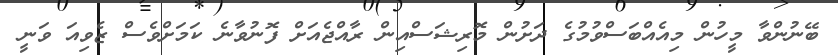
ބޭނުންވާ މީހުން މިއެއްބަސްވުމުގެ ދަށުން މޮރިޝަސްއިން ރާއްޖެއަށް ފޮނުވާނެ ކަމަށްވެސް ޒެވިއަ ވަނީ